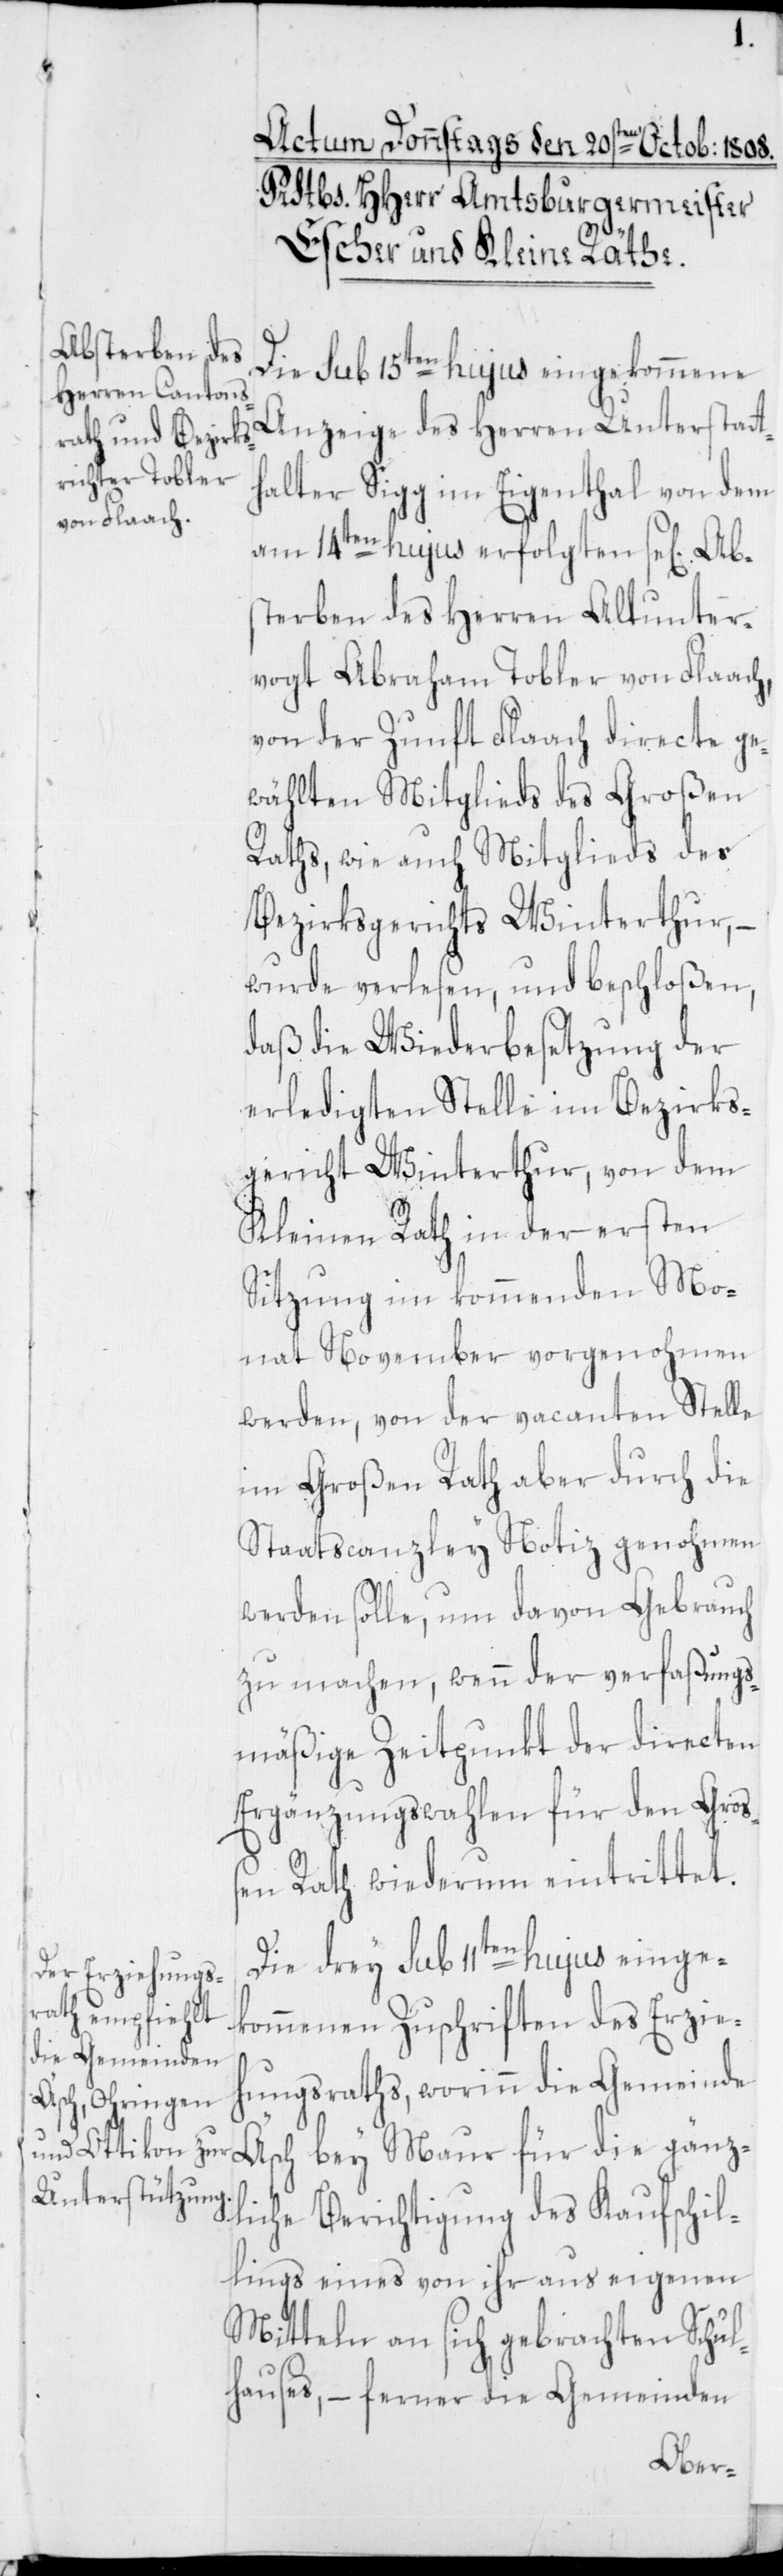
Die sub 15ten hujus eingekommene
Anzeige des Herren Unterstatt¬
halter Sigg im Eigenthal von dem
am 14ten hujus erfolgten se[ligen] Ab¬
sterben des Herren Altunter¬
vogt Abraham Tobler von Flaach,
von der Zunft Flaach directe ge¬
wählten Mitglieds des Großen
Raths, wie auch Mitglieds des
Bezirksgerichts Winterthur,
wurde verlesen, und beschloßen,
daß die Wiederbesetzung der
erledigten Stelle im Bezirks¬
gericht Winterthur, von dem
Kleinen Rath in der ersten
Sitzung im kommenden Mo¬
nat November vorgenohmen
werden, von der vacanten Stelle
im Großen Rath aber durch die
Staatscanzley Notiz genohmen
werden solle, um davon Gebrauch
zu machen, wenn der verfaßungs¬
mäßige Zeitpunkt der directen
Ergänzungswahlen für den Groß¬
en Rath wiederum eintrittet.
Die drey sub 11ten hujus einge¬
kommenen Zuschriften des Erzie¬
hungsraths, worinn die Gemeinde
Äsch bey Maur für die gänz¬
liche Berichtigung des Kaufschil¬
lings eines von ihr aus eigenen
Mitteln an sich gebrachten Schul¬
hauses, – ferner die Gemeinden